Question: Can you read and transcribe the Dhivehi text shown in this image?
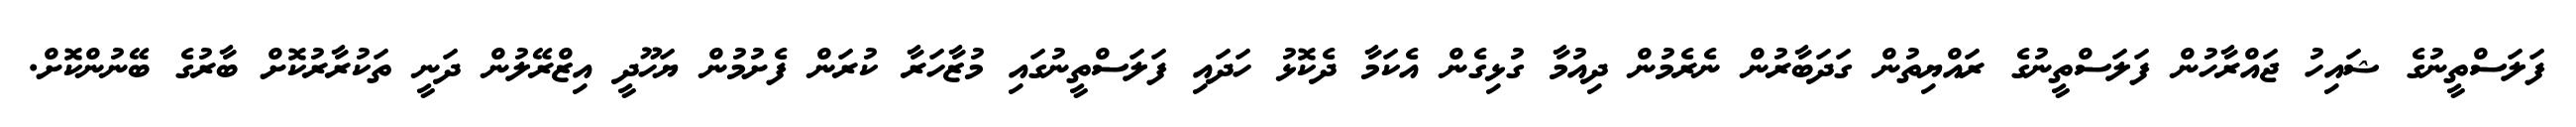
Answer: ފަލަސްތީނުގެ ޝައިހު ޖައްރާހުން ފަލަސްތީނުގެ ރައްޔިތުން ގަދަބާރުން ނެރެމުން ދިއުމާ ގުޅިގެން އެކަމާ ދެކޮޅު ހަދައި ފަލަސްތީނުގައި މުޒާހަރާ ކުރަން ފެށުމުން ޔަހޫދީ އިޒްރޭލުން ދަނީ ތަކުރާރުކޮށް ބާރުގެ ބޭނުންކޮށް.